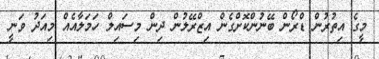
މީގެ އިތުރުން ޑްރޯން ބޭނުންކޮށްގެން އިޒްރޭލުން ދިން މިސައިލް ހަމަލާއެއް މިއަދު ވަނީ